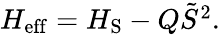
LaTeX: \begin{array}{r}{H_{\mathrm{eff}}=H_{\mathrm{S}}-Q\tilde{S}^{2}.}\end{array}